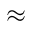
\approx